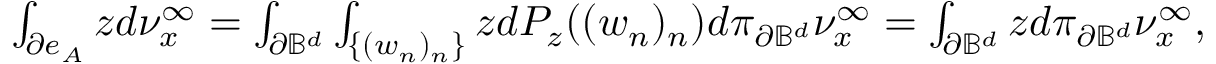
\begin{array} { r } { \int _ { \partial e _ { A } } z d \nu _ { x } ^ { \infty } = \int _ { \partial \mathbb { B } ^ { d } } \int _ { \{ ( w _ { n } ) _ { n } \} } z d P _ { z } ( ( w _ { n } ) _ { n } ) d \pi _ { \partial \mathbb { B } ^ { d } } \nu _ { x } ^ { \infty } = \int _ { \partial \mathbb { B } ^ { d } } z d \pi _ { \partial \mathbb { B } ^ { d } } \nu _ { x } ^ { \infty } , } \end{array}